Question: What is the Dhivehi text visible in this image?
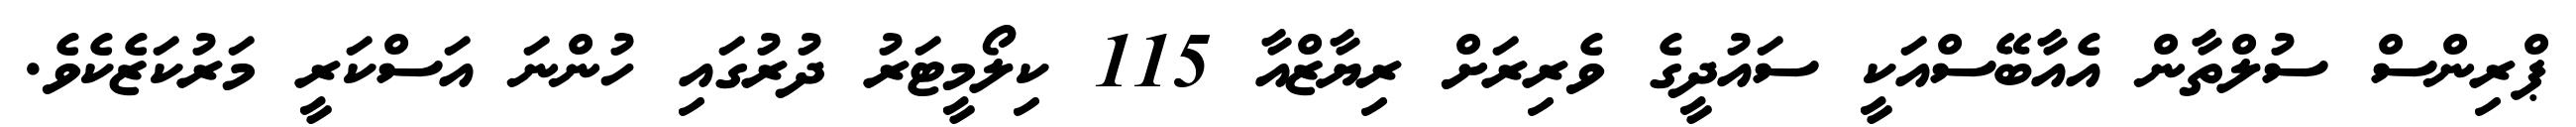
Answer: ޕްރިންސް ސުލްތާން އެއާބޭސްއަކީ ސައުދީގެ ވެރިރަށް ރިޔާޒްއާ 115 ކިލޯމީޓަރު ދުރުގައި ހުންނަ އަސްކަރީ މަރުކަޒެކެވެ.